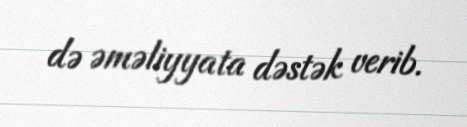
də əməliyyata dəstək verib.